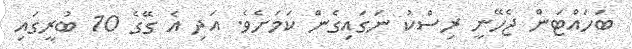
ބަހައްޓަން ޖެހޭނީ ރިސްކު ނަގައިގެން ކަމަށެވެ. އަދި އެ ގޭގެ 10 ބުރީގައި